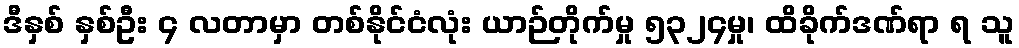
ဒီနှစ် နှစ်ဦး ၄ လတာမှာ တစ်နိုင်ငံလုံး ယာဉ်တိုက်မှု ၅၃၂၄မှု၊ ထိခိုက်ဒဏ်ရာ ရ သူ